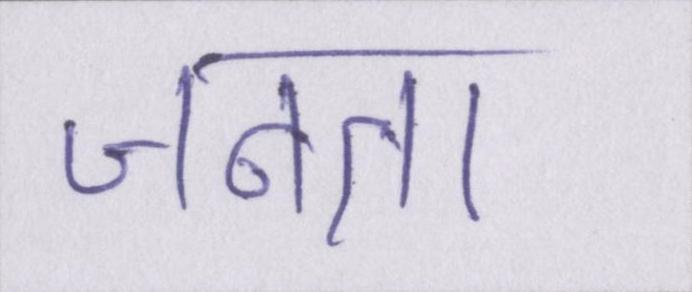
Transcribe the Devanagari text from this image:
जनता